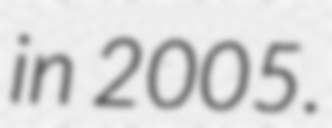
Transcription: in 2005.